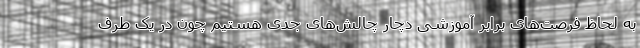
به لحاظ فرصت‌های برابر آموزشی دچار چالش‌های جدی هستیم چون در یک طرف